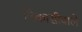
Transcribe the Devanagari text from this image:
निकासीवाले